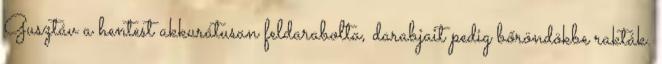
Gusztáv a hentest akkurátusan feldarabolta, darabjait pedig bőröndökbe rakták.